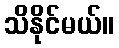
သိနိုင်မယ်။